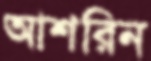
আশরিন